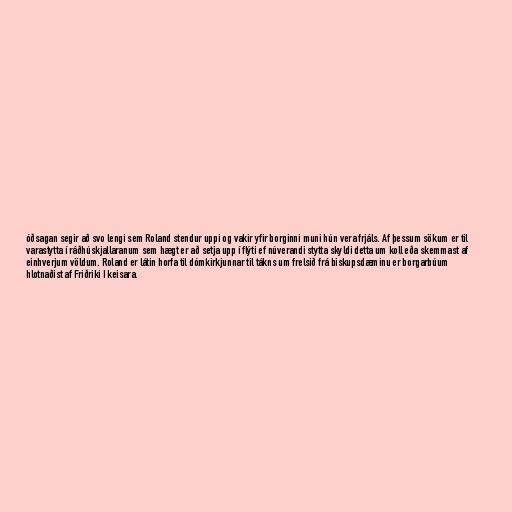
óðsagan segir að svo lengi sem Roland stendur uppi og vakir yfir borginni muni hún vera frjáls. Af þessum sökum er til
varastytta í ráðhúskjallaranum sem hægt er að setja upp í flýti ef núverandi stytta skyldi detta um koll eða skemmast af
einhverjum völdum. Roland er látin horfa til dómkirkjunnar til tákns um frelsið frá biskupsdæminu er borgarbúum
hlotnaðist af Friðriki I keisara.